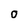
Character: O